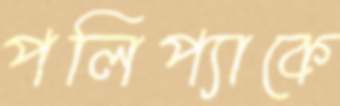
পলিপ্যাকে